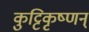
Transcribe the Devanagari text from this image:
कुट्टिकृष्णन्